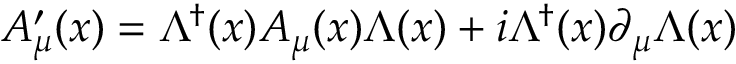
A _ { \mu } ^ { \prime } ( x ) = \Lambda ^ { \dagger } ( x ) A _ { \mu } ( x ) \Lambda ( x ) + i \Lambda ^ { \dagger } ( x ) \partial _ { \mu } \Lambda ( x )